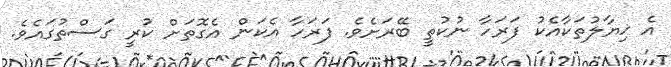
އެ ޚިޔާލުތަކާއެކު ފަރަހާ ނުކުތީ ބޭރަށެވެ. ފަރަހާ އެކަން އެގޮތަށް ކުރީ ގަސްތުގައެވެ.